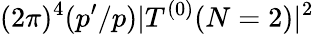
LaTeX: (2\pi)^{4}(p^{\prime}/p)|T^{(0)}(N=2)|^{2}